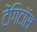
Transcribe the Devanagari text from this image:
टेंगिटॉस